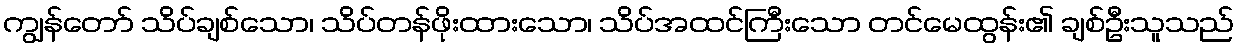
ကျွန်တော် သိပ်ချစ်သော၊ သိပ်တန်ဖိုးထားသော၊ သိပ်အထင်ကြီးသော တင်မေထွန်း၏ ချစ်ဦးသူသည်